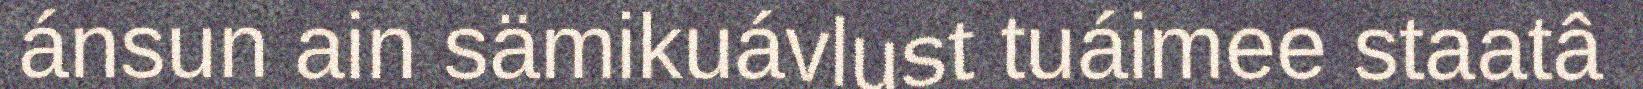
ánsun ain sämikuávlust tuáimee staatâ